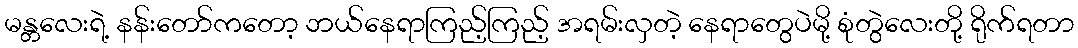
မန္တလေးရဲ့ နန်းတော်ကတော့ ဘယ်နေရာကြည့်ကြည့် အရမ်းလှတဲ့ နေရာတွေပဲမို့ စုံတွဲလေးတို့ ရိုက်ရတာ